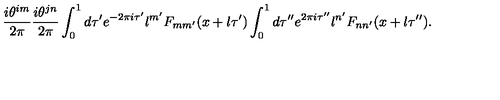
\frac { i \theta ^ { i m } } { 2 \pi } \frac { i \theta ^ { j n } } { 2 \pi } \int _ { 0 } ^ { 1 } d \tau ^ { \prime } e ^ { - 2 \pi i \tau ^ { \prime } } l ^ { m ^ { \prime } } F _ { m m ^ { \prime } } ( x + l \tau ^ { \prime } ) \int _ { 0 } ^ { 1 } d \tau ^ { \prime \prime } e ^ { 2 \pi i \tau ^ { \prime \prime } } l ^ { n ^ { \prime } } F _ { n n ^ { \prime } } ( x + l \tau ^ { \prime \prime } ) .